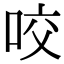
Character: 咬